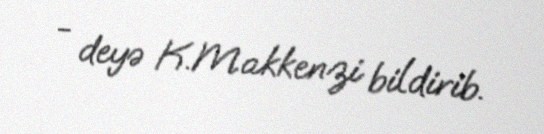
- deyə K.Makkenzi bildirib.